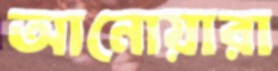
আনোয়ারা